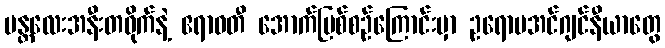
မန္တလေးအနီးတဝိုက်နဲ့ ဧရာဝတီ အောက်မြစ်စဉ်ကြောင်းမှာ ဥရောပအင်ဂျင်နီယာတွေ